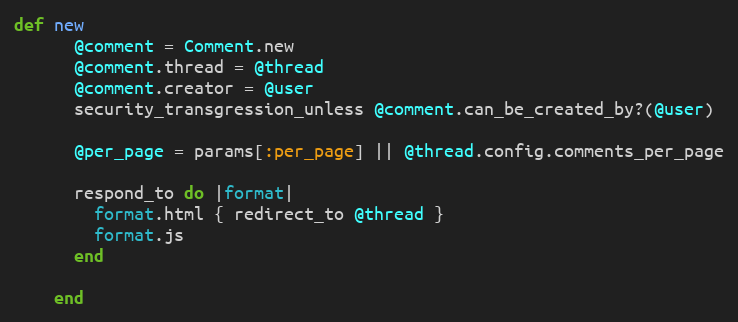
Language: Ruby
def new
      @comment = Comment.new
      @comment.thread = @thread
      @comment.creator = @user
      security_transgression_unless @comment.can_be_created_by?(@user)

      @per_page = params[:per_page] || @thread.config.comments_per_page

      respond_to do |format|
        format.html { redirect_to @thread }
        format.js
      end

    end